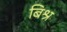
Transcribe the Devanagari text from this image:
बिश्र